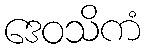
ဒေဝသိကံ